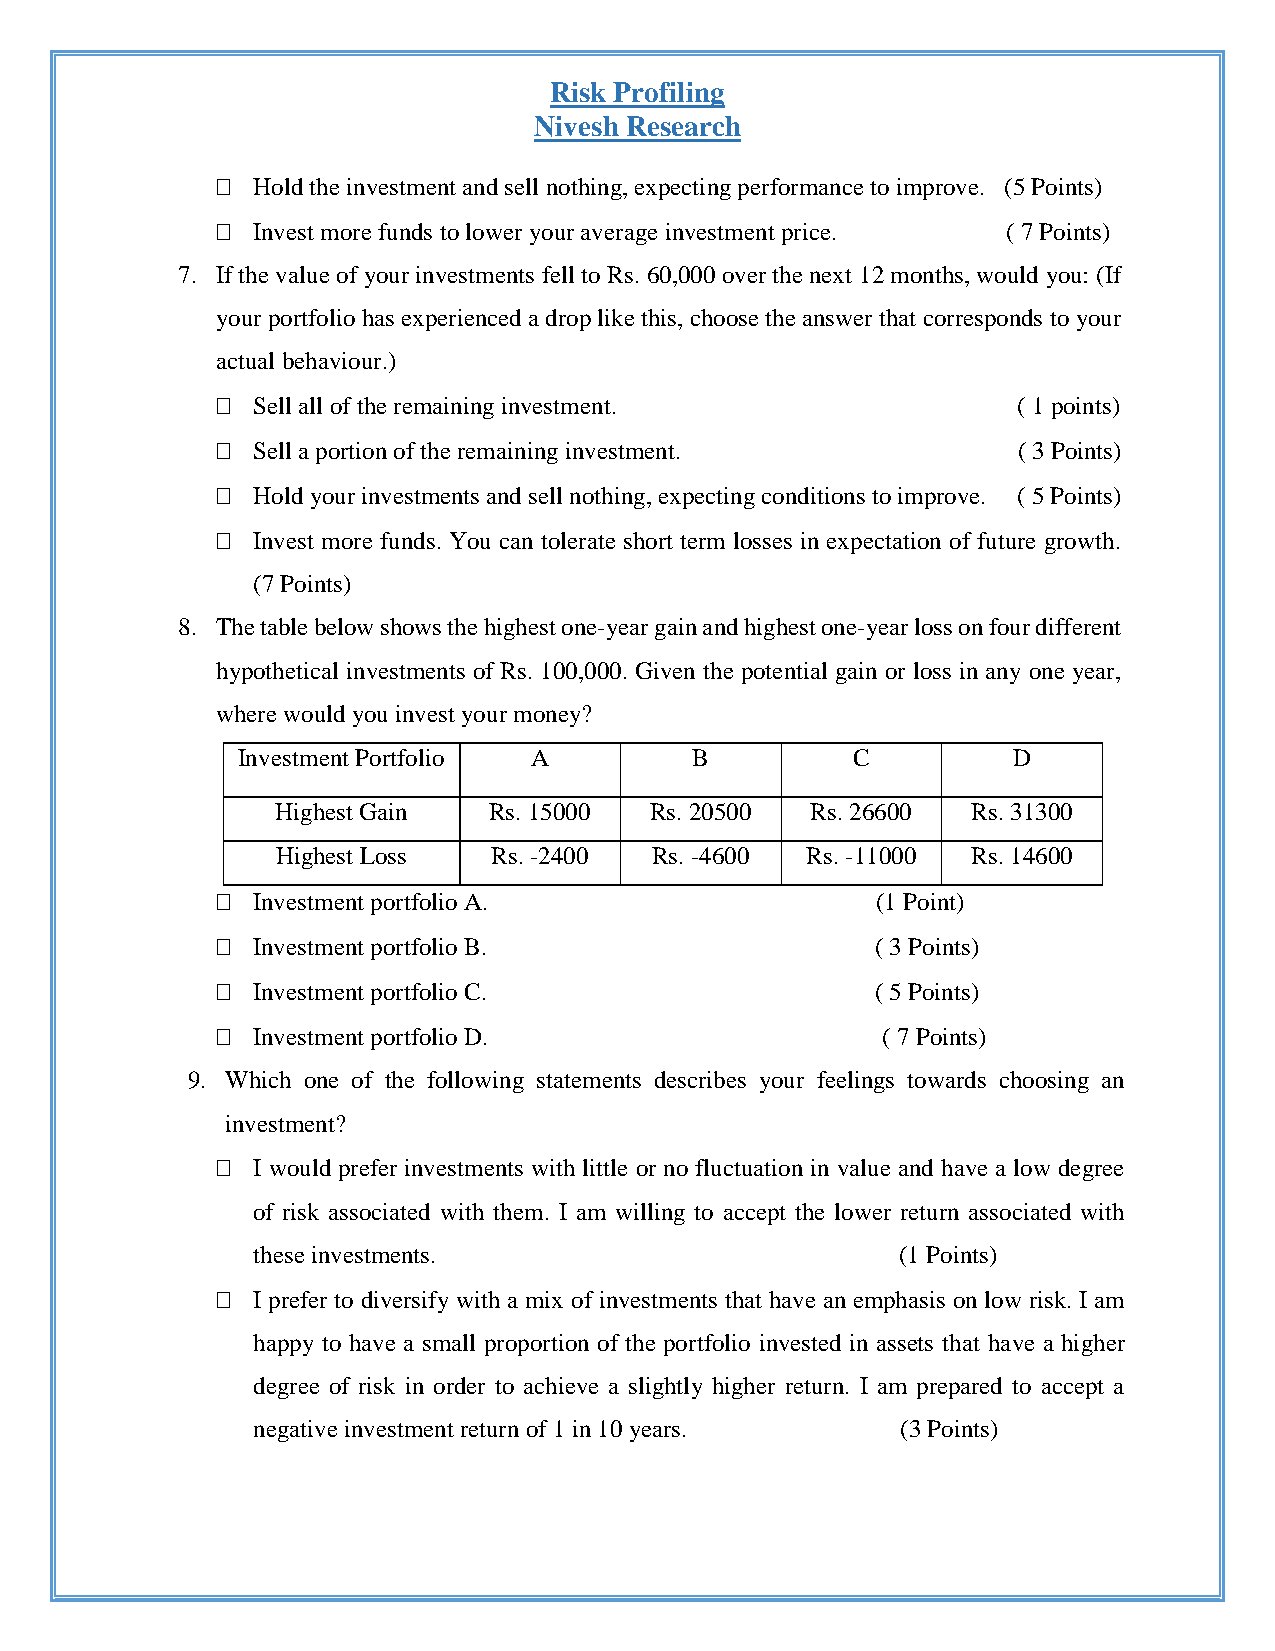
Risk Profiling
 Nivesh Research
   Hold the investment and sell nothing, expecting performance to improve. (5 Points)
   Invest more funds to lower your average investment price. ( 7 Points)
 7. If the value of your investments fell to Rs. 60,000 over the next 12 months, would you: (If
 your portfolio has experienced a drop like this, choose the answer that corresponds to your
 actual behaviour.)
   Sell all of the remaining investment.             ( 1 points)
   Sell a portion of the remaining investment.       ( 3 Points)
   Hold your investments and sell nothing, expecting conditions to improve. ( 5 Points)
   Invest more funds. You can tolerate short term losses in expectation of future growth.
 (7 Points)
 8. The table below shows the highest one-year gain and highest one-year loss on four different
 hypothetical investments of Rs. 100,000. Given the potential gain or loss in any one year,
 where would you invest your money?
 Investment Portfolio A        B         C          D
 Highest Gain  Rs. 15000  Rs. 20500  Rs. 26600 Rs. 31300
 Highest Loss   Rs. -2400 Rs. -4600 Rs. -11000 Rs. 14600
   Inve stment portfolio A.                 (1 Point)
   Investment portfolio B.                  ( 3 Points)
   Investment portfolio C.                  ( 5 Points)
   Investment portfolio D.                  ( 7 Points)
 9. Which one of the following statements describes your feelings towards choosing an
 investment?
   I would prefer investments with little or no fluctuation in value and have a low degree
 of risk associated with them. I am willing to accept the lower return associated with
 these investments.                         (1 Points)
   I prefer to diversify with a mix of investments that have an emphasis on low risk. I am
 happy to have a small proportion of the portfolio invested in assets that have a higher
 degree of risk in order to achieve a slightly higher return. I am prepared to accept a
 negative investment return of 1 in 10 years. (3 Points)